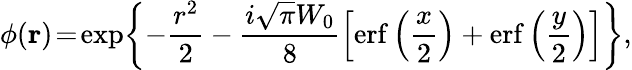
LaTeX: \phi(\mathbf{r})\! =\! \exp\! \left\{ -\frac{r^{2}}{2}-\frac{i\sqrt{\pi}W_{0}}{8}\left[\mathrm{erf}\left(\frac{x}{2}\right)+\mathrm{erf}\left(\frac{y}{2}\right)\right]\right\} ,